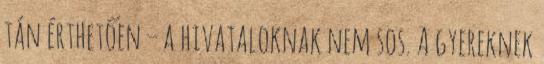
tán érthetően – a hivataloknak nem sos. A gyereknek